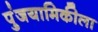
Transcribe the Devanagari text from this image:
पुंजयामिकीला